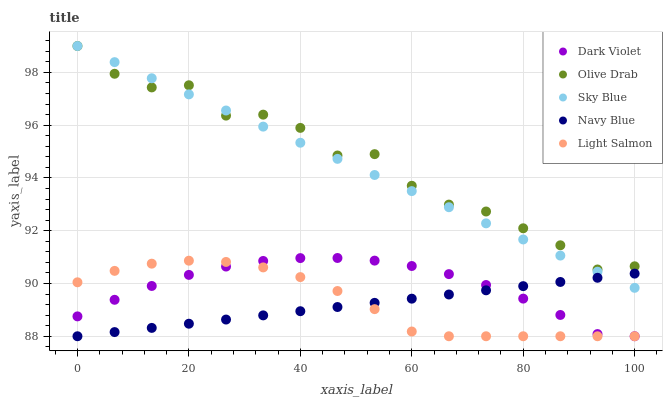
| xaxis_label | Dark Violet | Olive Drab | Sky Blue | Navy Blue | Light Salmon |
 | --- | --- | --- | --- | --- | --- |
 | 0 | 88.8 | 99 | 99 | 88 | 90 |
 | 6.67 | 89.4 | 97.9 | 98.4 | 88.2 | 90.5 |
 | 13.3 | 89.9 | 97.4 | 97.8 | 88.3 | 90.8 |
 | 20 | 90.3 | 97.5 | 97.2 | 88.5 | 90.9 |
 | 26.7 | 90.6 | 96.4 | 96.6 | 88.6 | 90.8 |
 | 33.3 | 90.9 | 96.4 | 95.9 | 88.8 | 90.6 |
 | 40 | 91 | 95.9 | 95.3 | 88.9 | 90.2 |
 | 46.7 | 91 | 94.9 | 94.7 | 89.1 | 89.7 |
 | 53.3 | 90.9 | 94.9 | 94.1 | 89.3 | 89 |
 | 60 | 90.7 | 93.7 | 93.5 | 89.4 | 88.2 |
 | 66.7 | 90.4 | 93 | 92.9 | 89.6 | 88 |
 | 73.3 | 89.9 | 92.7 | 92.3 | 89.7 | 88 |
 | 80 | 89.4 | 92.1 | 91.7 | 89.9 | 88 |
 | 86.7 | 88.8 | 91.4 | 91.1 | 90.1 | 88 |
 | 93.3 | 88.1 | 90.5 | 90.4 | 90.2 | 88 |
 | 100 | 88 | 90.7 | 89.8 | 90.4 | 88 |